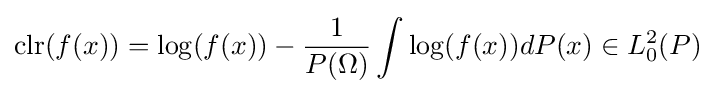
{\text{clr}}(f(x))=\log(f(x))-{\frac {1}{P(\Omega )}}\int \log(f(x))dP(x)\in L_{0}^{2}(P)